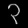
Digit: ၃